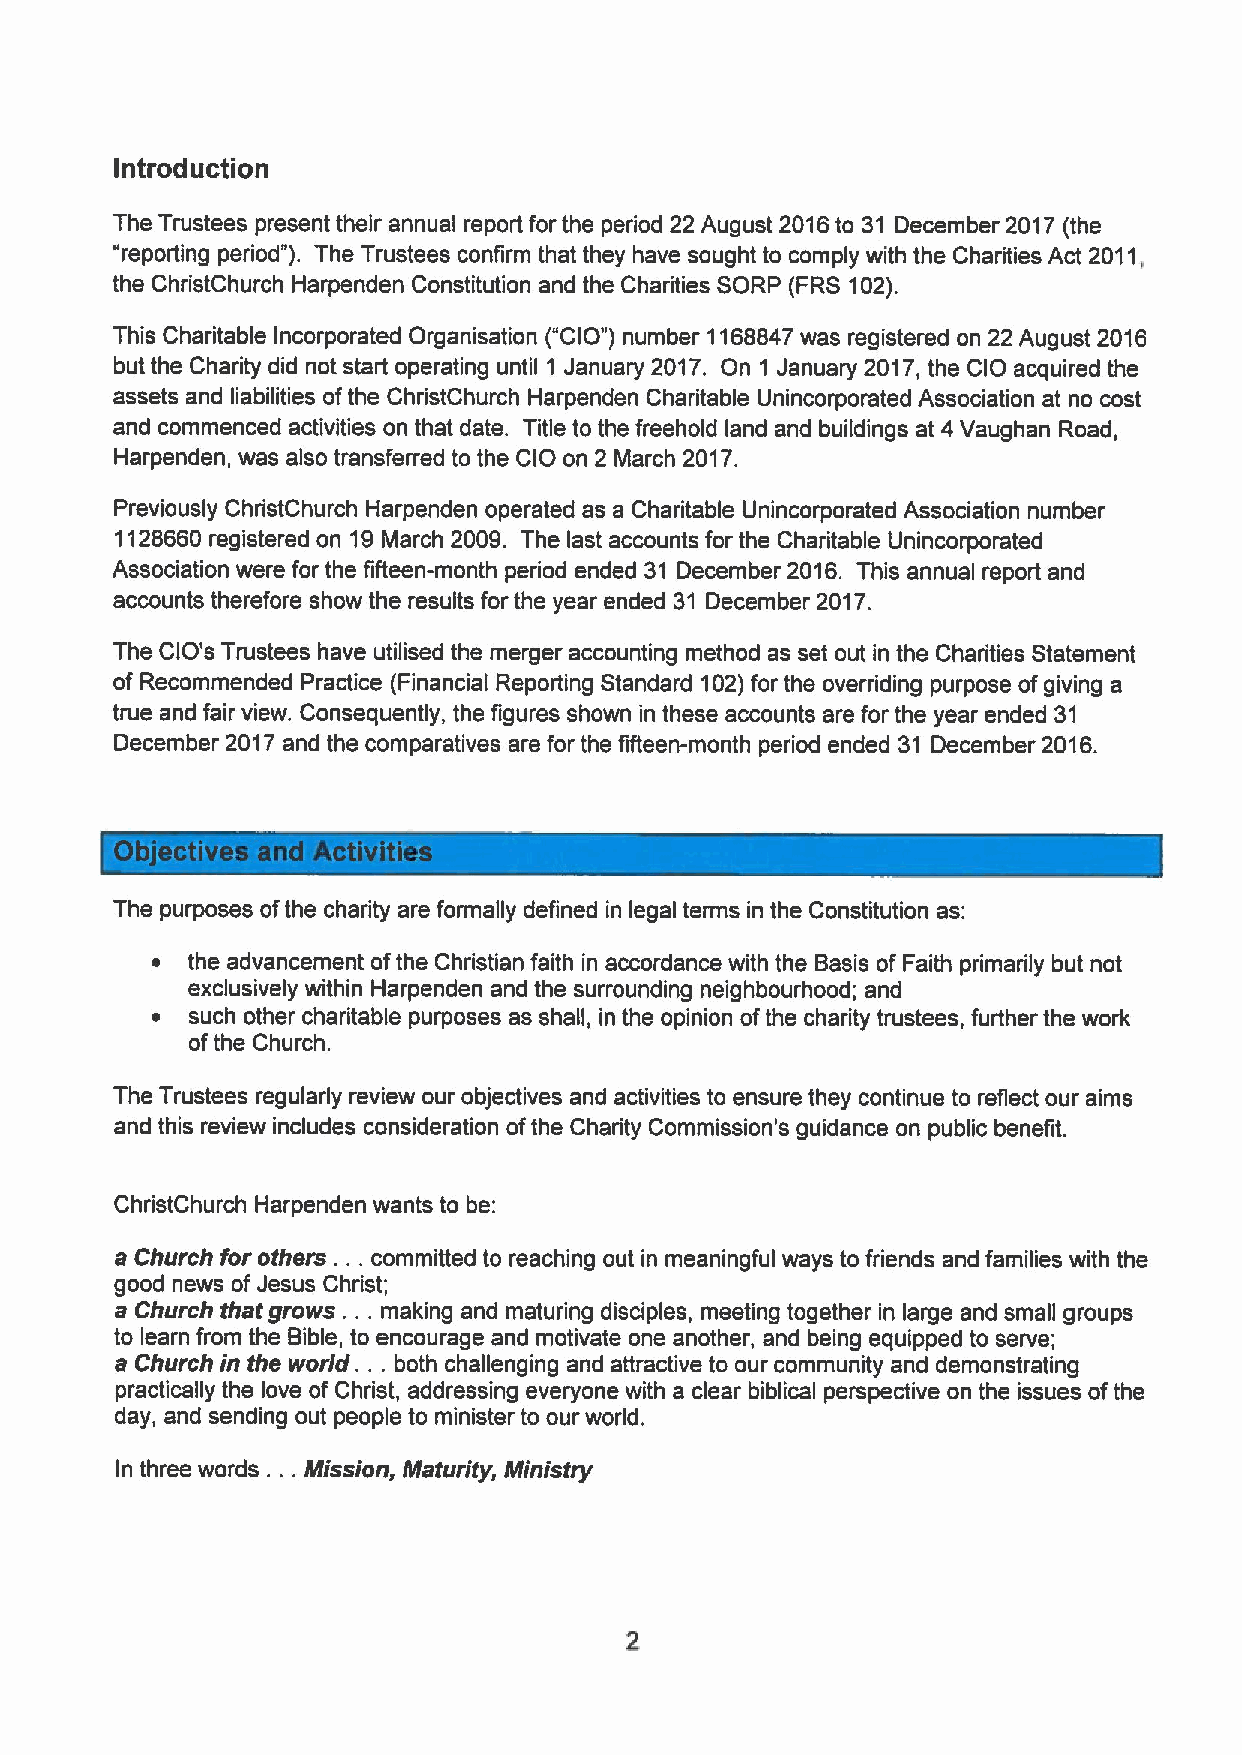
Introduction
 The Trustees present their annual report for the period 22 August 2016to 31 December 2017 (the
 "reporting period" ). The Trustees confirm that they have sought to comply with the Charities Act 2011,
 the ChristChurch Harpenden Constitution and the Charities SORP (FRS 102).
 This Charitable Incorporated Organisation ("CIO")number 1168847was registered on 22 August 2016
 but the Charity did not start operating until 1 January 2017. On 1 January 2017,the CIO acquired the
 assets and liabilities ofthe ChristChurch Harpenden Charitable Unincorporated Association at no cost
 and commenced activities on that date. Title to the freehold land and buildings at 4Vaughan Road,
 Harpenden, was also transferred to the CIO on 2 March 2017.
 Previously ChristChurch Harpenden operated as a Charitable Unincorporated Association number
 1128660registered on 19March 2009. The last accounts for the Charitable Unincorporated
 Association were for the fifteen-month period ended 31 December 2016. This annual report and
 accounts therefore show the results for the year ended 31 December 2017.
 The CIO's Trustees have utilised the merger accounting method as set out in the Charities Statement
 of Recommended Practice (Financial Reporting Standard 102)for the overriding purpose ofgiving a
 true and fair view. Consequently, the figures shown in these accounts are for the year ended 31
 December 2017and the comparatives are for the fifteen-month period ended 31 December 2016.
 The purposes ofthe charity are formally defined in legal terms in the Constitution as:
 ~ the advancement ofthe Christian faith in accordance with the Basis of Faith primarily but not
 exclusively within Harpenden and the surrounding neighbourhood; and
 ~  such other charitable purposes as shall, in the opinion ofthe charity trustees, further the work
 ofthe Church.
 The Trustees regularly review our objectives and activities to ensure they continue to reflect our aims
 and this review includes consideration ofthe Charity Commission's guidance on public benefit.
 ChristChurch Harpenden wants to be:
 a Church for others. . .committed to reaching out in meaningful ways to friends and families with the
 good news of Jesus Christ;
 a Church that grows. . . making and maturing disciples, meeting together in large and small groups
 to learn from the Bible, to encourage and motivate one another, and being equipped to serve;
 a Church in the world. . . both challenging and attractive to our community and demonstrating
 practically the love of Christ, addressing everyone with a clear biblical perspective on the issues ofthe
 day, and sending out people to minister to our world.
 In three words. . .Mission, Maturity, Ministry